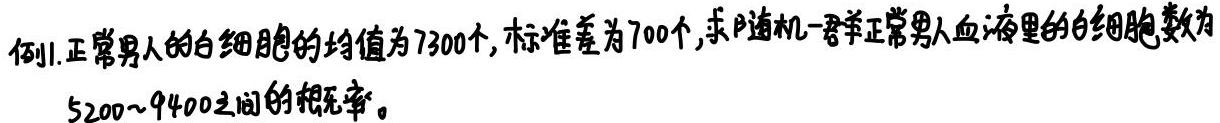
例1.正常男人的白细胞的均值为7300个,标准差为700个,求随机一群正常男人血液里的白细胞数为5200~9400之间的概率。